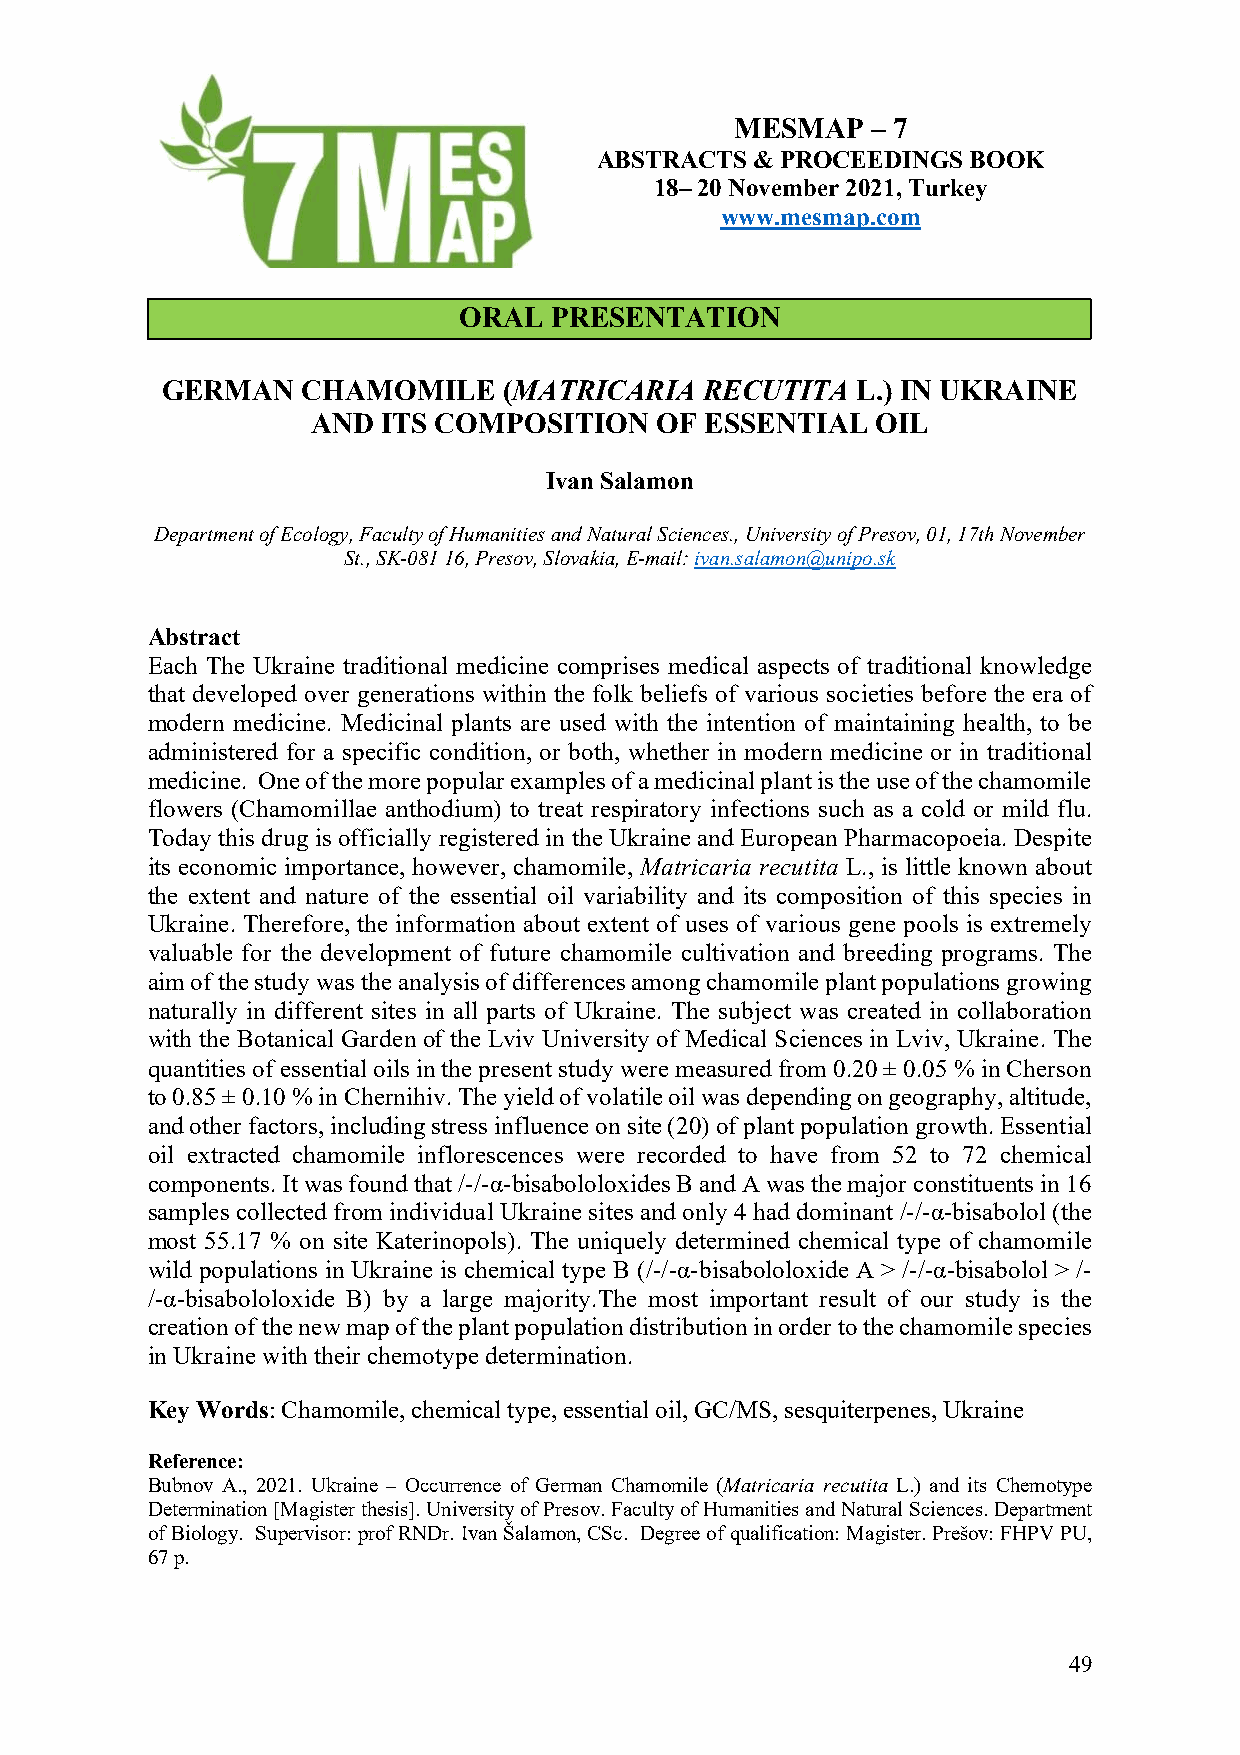
MESMAP   – 7
 ABSTRACTS  & PROCEEDINGS BOOK
 18– 20 November 2021, Turkey
 www.mesmap.com
 ORAL  PRESENTATION
 GERMAN   CHAMOMILE    (MATRICARIA   RECUTITA  L.) IN UKRAINE
 AND ITS COMPOSITION   OF  ESSENTIAL  OIL
 Ivan Salamon
 Department of Ecology, Faculty of Humanities and Natural Sciences., University of Presov, 01, 17th November
 St., SK-081 16, Presov, Slovakia, E-mail: ivan.salamon@unipo.sk
 Abstract
 Each The Ukraine traditional medicine comprises medical aspects of traditional knowledge
 that developed over generations within the folk beliefs of various societies before the era of
 modern medicine. Medicinal plants are used with the intention of maintaining health, to be
 administered for a specific condition, or both, whether in modern medicine or in traditional
 medicine. One of the more popular examples of a medicinal plant is the use of the chamomile
 flowers (Chamomillae anthodium) to treat respiratory infections such as a cold or mild flu.
 Today this drug is officially registered in the Ukraine and European Pharmacopoeia. Despite
 its economic importance, however, chamomile, Matricaria recutita L., is little known about
 the extent and nature of the essential oil variability and its composition of this species in
 Ukraine. Therefore, the information about extent of uses of various gene pools is extremely
 valuable for the development of future chamomile cultivation and breeding programs. The
 aim of the study was the analysis of differences among chamomile plant populations growing
 naturally in different sites in all parts of Ukraine. The subject was created in collaboration
 with the Botanical Garden of the Lviv University of Medical Sciences in Lviv, Ukraine. The
 quantities of essential oils in the present study were measured from 0.20 ± 0.05 % in Cherson
 to 0.85 ± 0.10 % in Chernihiv. The yield of volatile oil was depending on geography, altitude,
 and other factors, including stress influence on site (20) of plant population growth. Essential
 oil extracted chamomile inflorescences were recorded to have from 52 to 72 chemical
 components. It was found that /-/-α-bisabololoxides B and A was the major constituents in 16
 samples collected from individual Ukraine sites and only 4 had dominant /-/-α-bisabolol (the
 most 55.17 % on site Katerinopols). The uniquely determined chemical type of chamomile
 wild populations in Ukraine is chemical type B (/-/-α-bisabololoxide A > /-/-α-bisabolol > /-
 /-α-bisabololoxide B) by a large majority.The most important result of our study is the
 creation of the new map of the plant population distribution in order to the chamomile species
 in Ukraine with their chemotype determination.
 Key Words: Chamomile, chemical type, essential oil, GC/MS, sesquiterpenes, Ukraine
 Reference:
 Bubnov A., 2021. Ukraine – Occurrence of German Chamomile (Matricaria recutita L.) and its Chemotype
 Determination [Magister thesis]. University of Presov. Faculty of Humanities and Natural Sciences. Department
 of Biology. Supervisor: prof RNDr. Ivan Šalamon, CSc. Degree of qualification: Magister. Prešov: FHPV PU,
 67 p.
 49